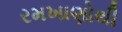
રમખાણોથી